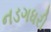
નડગધરી